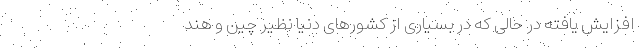
افزایش یافته در حالی که در بسیاری از کشور‌های دنیا نظیر چین و هند